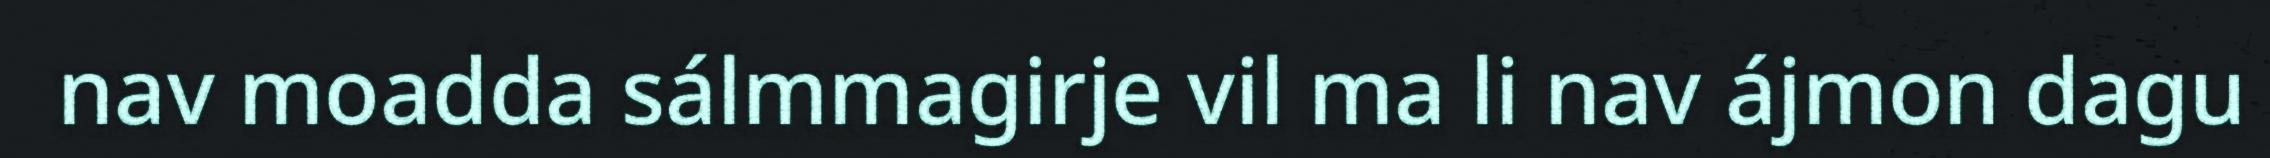
nav moadda sálmmagirje vil ma li nav ájmon dagu